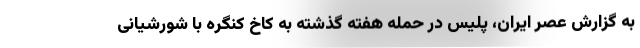
به گزارش عصر ایران، پلیس در حمله هفته گذشته به کاخ کنگره با شورشیانی